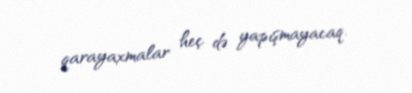
qarayaxmalar heç də yapışmayacaq.